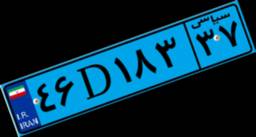
۷۲D۵۴۱۰۵